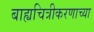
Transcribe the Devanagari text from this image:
बाह्यचित्रीकरणाच्या